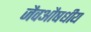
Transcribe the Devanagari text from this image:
जैवऔषधीय